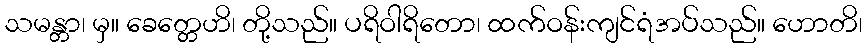
သမန္တာ၊ မှ။ ခေတ္တေဟိ၊ တို့သည်။ ပရိဝါရိတော၊ ထက်ဝန်းကျင်ရံအပ်သည်။ ဟောတိ၊